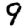
Digit: 9